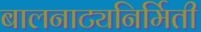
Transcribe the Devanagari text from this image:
बालनाट्यनिर्मिती